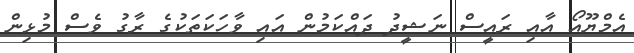
އެމްޔޫއޯ އާއި ރައީސް ނަޝީދު ދައްކަމުން އައި ވާހަކަތަކުގެ ރާގު ވެސް މުޅިން